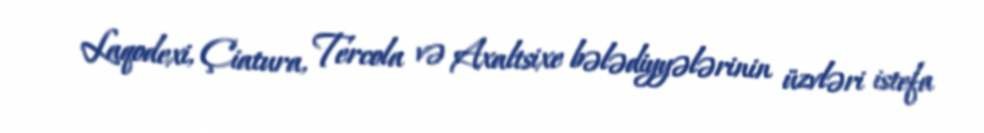
Laqodexi, Çiatura, Tercola və Axaltsixe bələdiyyələrinin üzvləri istefa